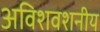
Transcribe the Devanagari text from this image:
अविशवशनीय